Vaccination in Bombay 1924-1928 - 1924-1928
Year: 1924
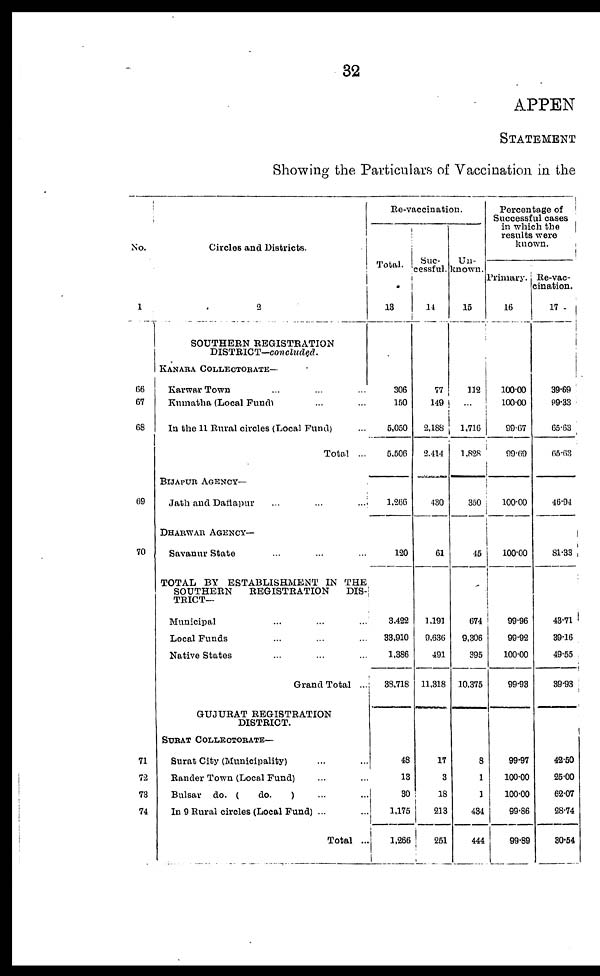
32
APPEN
STATEMENT
Showing the Particulars of Vaccination in the
No.
1
66
67
68
69
70
71
72
73
74
Circles and Districts.
2
SOUTHERN REGISTRATION
DISTRICT—concluded.
KANARA COLLECTORATE—
Karwar Town ... ...
Kumatha (Local Fund) ... ...
In the 11 Rural circles (Local Fund) ...
Total ...
BIJAPUR AGENCY—
Jath and Daflapur ...
DHARWAR AGENCY—
Savanur State ...
TOTAL BY ESTABLISHMENT IN THE
SOUTHERN
REGISTRATION
DIS-
TRICT—
Municipal ... ... ...
Local Funds ... ... ...
Native States ... ... ...
Grand Total ...
GUJURAT REGISTRATION
DISTRICT.
SURAT COLLECTORATE—
Surat City (Municipality) ... ...
Rander Town (Local Fund) ... ...
Bulsar do. (
do.
) ...
In 9 Rural circles (Local Fund) ... ...
Total ..
Re-vaccination.
Total.
13
306
150
5,050
5,506
1,266
120
3,422
33,910
1,386
38,718
48
13
30
1,175
1,266
Suc-
cessful.
14
77
149
2,188
2,414
430
61
1,191
9,636
491
11,318
17
3
18
213
251
Un-
known.
15
112
...
1,716
1,828
350
45
674
9,306
395
10,375
8
1
1
434
444
Percentage of
Successful cases
in which the
results were
known.
Primary.
16
100.00
100.00
99.67
99.69
100.00
100.00
99.96
99.92
100.00
99.93
99.97
100.00
100.00
99.86
99.89
Re-vac-
cination.
17
39.69
99.33
65.63
65.63
46.94
81.33
43.71
39.16
49.55
39.93
42.50
25.00
62.07
28.74
30.54